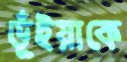
ভূঁইয়াকে